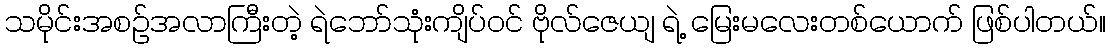
သမိုင်းအစဉ်အလာကြီးတဲ့ ရဲဘော်သုံးကျိပ်ဝင် ဗိုလ်ဇေယျ ရဲ့ မြေးမလေးတစ်ယောက် ဖြစ်ပါတယ်။